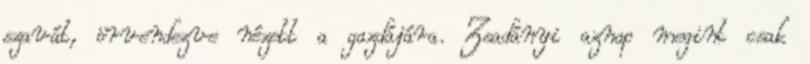
szavát, örvendezve nézett a gazdájára. Zsadányi aznap megint csak